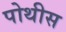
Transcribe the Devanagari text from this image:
पोथीस